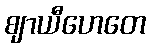
ဈာယီဟေတေ